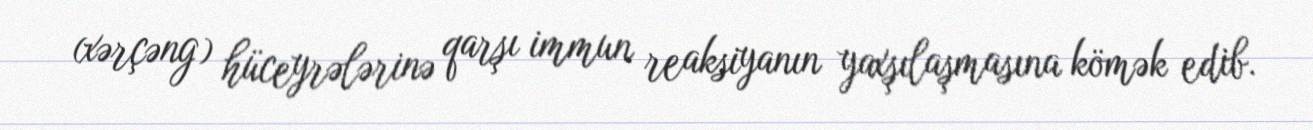
(xərçəng) hüceyrələrinə qarşı immun reaksiyanın yaxşılaşmasına kömək edib.